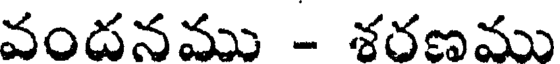
వందనము - శరణము